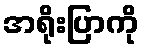
အရိုးပြာကို